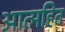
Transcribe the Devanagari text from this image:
आत्महित